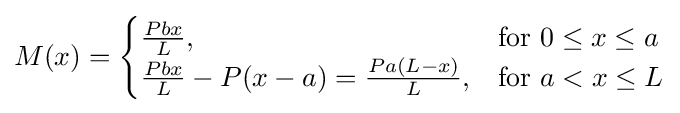
M(x)={\begin{cases}{\tfrac {Pbx}{L}},&{\mbox{for }}0\leq x\leq a\\{\tfrac {Pbx}{L}}-P(x-a)={\tfrac {Pa(L-x)}{L}},&{\mbox{for }}a<x\leq L\end{cases}}